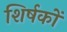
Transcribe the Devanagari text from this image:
शिर्षकों